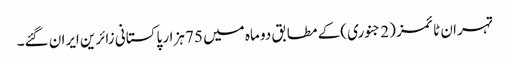
تہران ٹائمز ( 2 جنوری )کے مطابق دو ماہ میں 75 ہزار پاکستانی زائرین ایران گئے۔